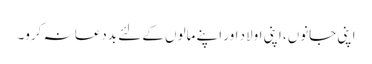
اپنی جانوں، اپنی اولاد اور اپنے مالوں کے لئے بددعا نہ کرو۔